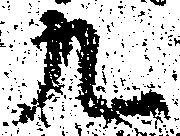
九